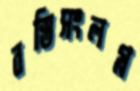
বস্তিসংলগ্ন